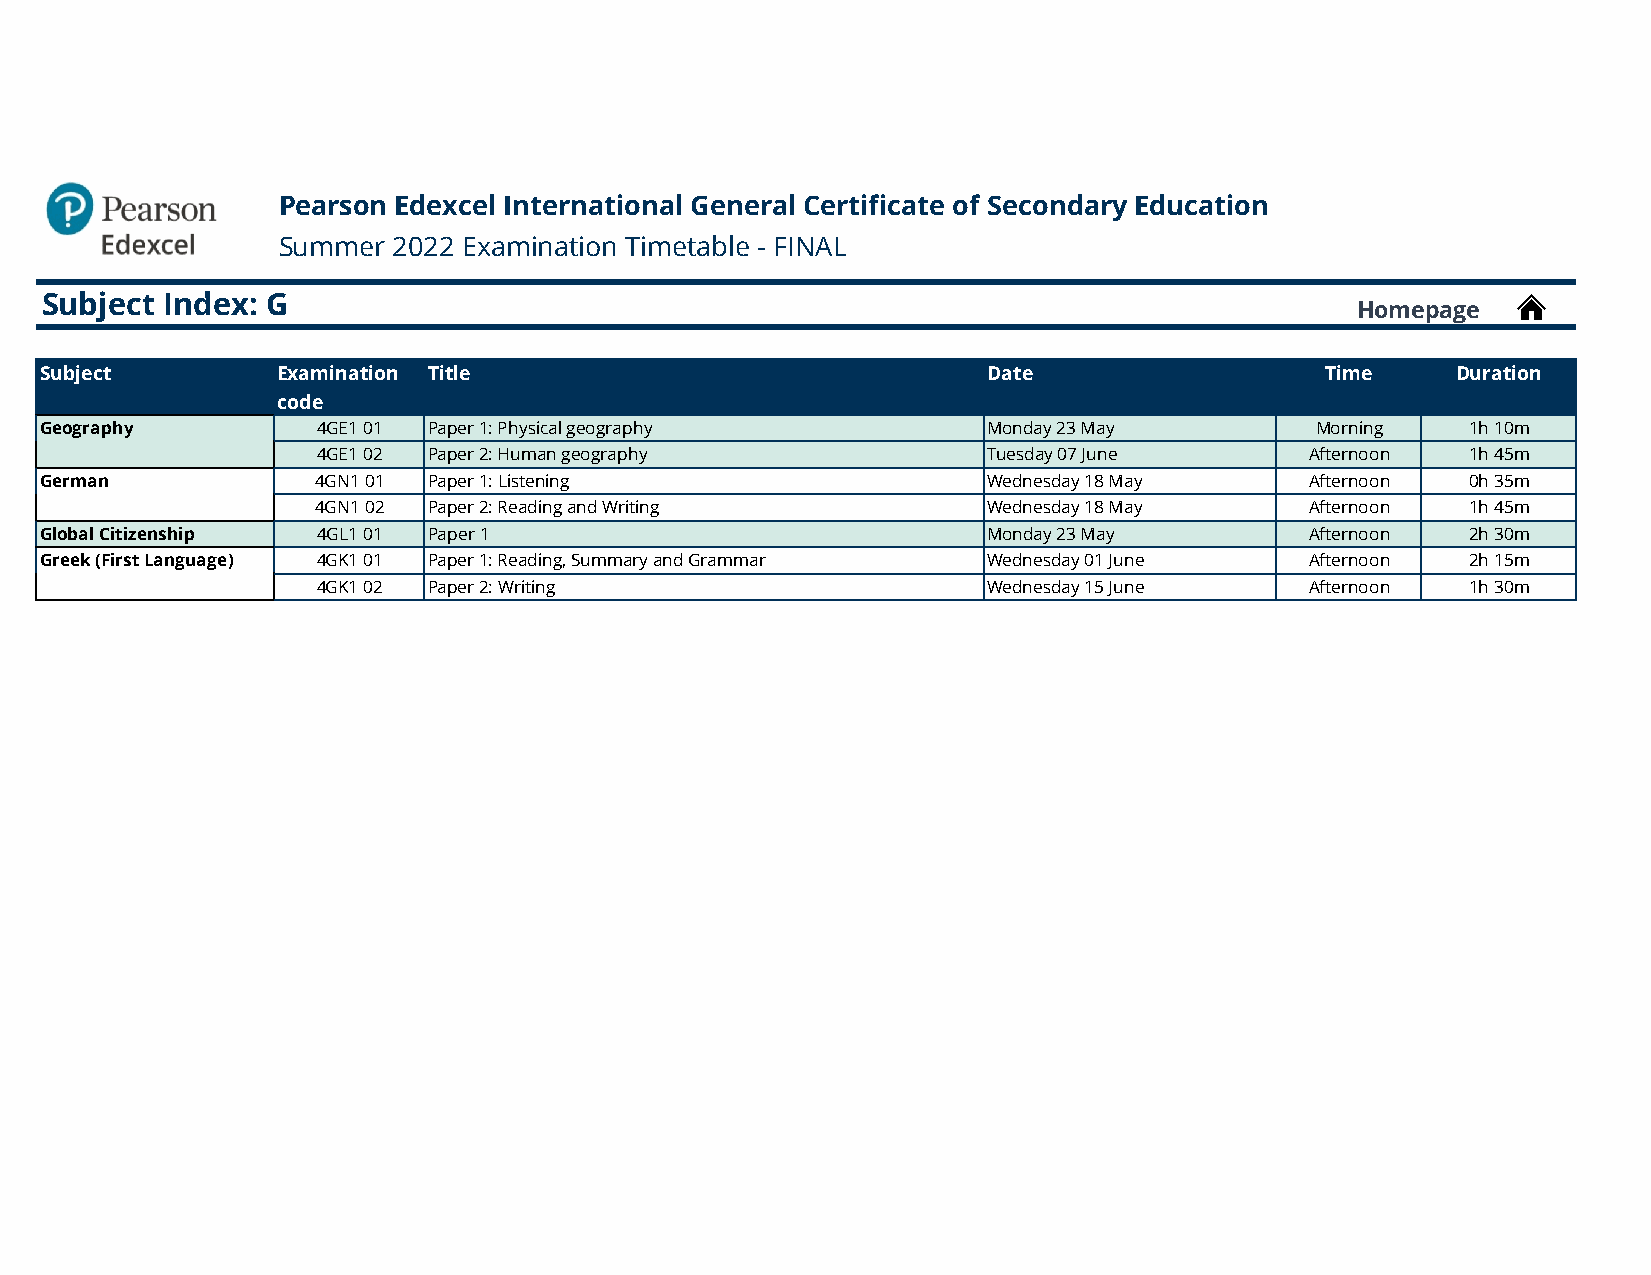
Pearson Edexcel International General Certificate of Secondary Education
 Summer  2022 Examination Timetable - FINAL
 Subject Index: G
 Homepage
 Subject        Examination Title                              Date                   Time    Duration
 code
 Geography         4GE1 01 Paper 1: Physical geography         Monday 23 May         Morning   1h 10m
 Geography         4GE1 02 Paper 2: Human geography            Tuesday 07 June       Afternoon 1h 45m
 German            4GN1 01 Paper 1: Listening                  Wednesday 18 May      Afternoon 0h 35m
 German            4GN1 02 Paper 2: Reading and Writing        Wednesday 18 May      Afternoon 1h 45m
 Global Citizenship 4GL1 01 Paper 1                            Monday 23 May         Afternoon 2h 30m
 Greek (First Language) 4GK1 01 Paper 1: Reading, Summary and Grammar Wednesday 01 June Afternoon 2h 15m
 Greek (First Language) 4GK1 02 Paper 2: Writing               Wednesday 15 June     Afternoon 1h 30m